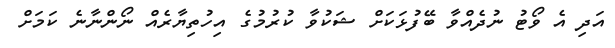
އަދި އެ ވޯޓު ނުދެއްވާ ބޭފުޅަކަށް ޝަކުވާ ކުރުމުގެ އިހުތިޔާރެއް ނޯންނާނެ ކަމަށް